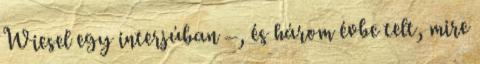
Wiesel egy interjúban –, és három évbe telt, mire